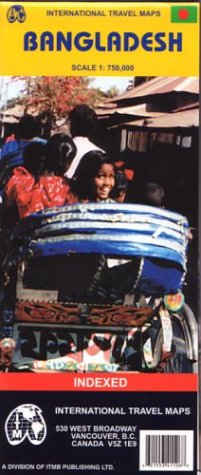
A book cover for Bangladesh 1:750,000 Travel Map (Travel Reference Map); ITMB Publishing Ltd.; Travel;